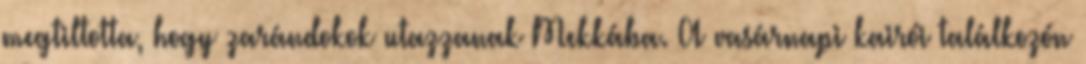
megtiltotta, hogy zarándokok utazzanak Mekkába. A vasárnapi kairói találkozón